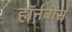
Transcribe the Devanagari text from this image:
हॉर्नबीस